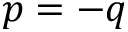
p = - q